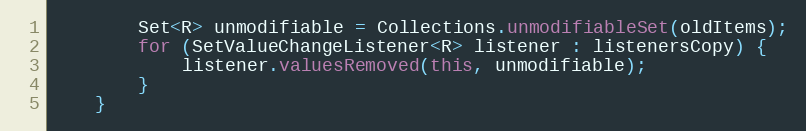
Language: Java
        Set<R> unmodifiable = Collections.unmodifiableSet(oldItems);
        for (SetValueChangeListener<R> listener : listenersCopy) {
            listener.valuesRemoved(this, unmodifiable);
        }
    }